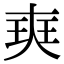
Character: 㻎